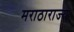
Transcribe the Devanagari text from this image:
मराठाराज्य